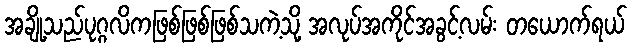
အချို့သည်ပုဂ္ဂလိကဖြစ်ဖြစ်ဖြစ်သကဲ့သို့ အလုပ်အကိုင်အခွင့်လမ်း တယောက်ရယ်